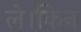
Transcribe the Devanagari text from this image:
ले।किन